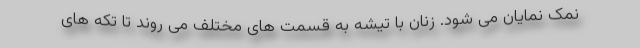
نمک نمایان می شود. زنان با تیشه به قسمت های مختلف می روند تا تکه های